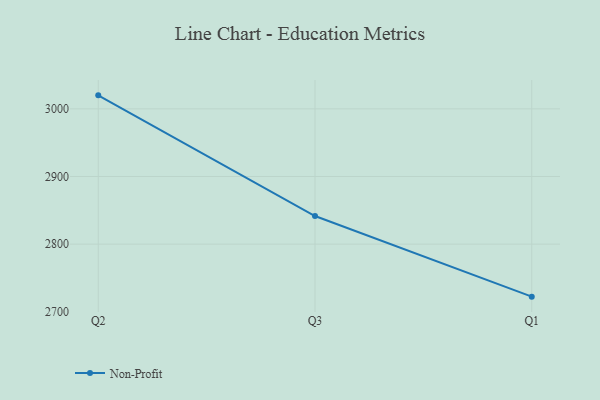
{"axis": {"x": "Quarter", "y": "Active Users"}, "legend": ["Non-Profit"], "data": [{"x": "Q2", "y": 3020.0, "type": "Non-Profit"}, {"x": "Q3", "y": 2841.5, "type": "Non-Profit"}, {"x": "Q1", "y": 2722.3, "type": "Non-Profit"}]}